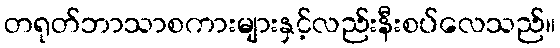
တရုတ်ဘာသာစကားများနှင့်လည်းနီးစပ်လေသည်။